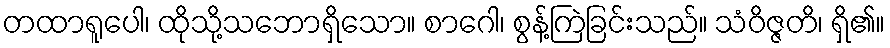
တထာရူပေါ၊ ထိုသို့သဘောရှိသော။ စာဂေါ၊ စွန့်ကြဲခြင်းသည်။ သံဝိဇ္ဇတိ၊ ရှိ၏။